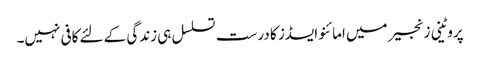
پروٹینی زنجیر میں امائنو ایسڈز کا درست تسلسل ہی زندگی کے لئے کافی نہیں۔